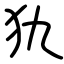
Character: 犰